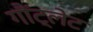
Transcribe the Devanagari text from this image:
गौंट्लेट